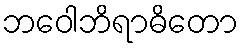
ဘဝေါဘိရာဓိတော